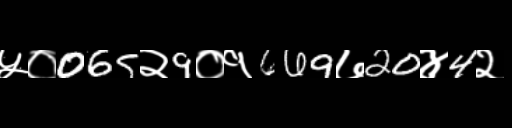
Text: ५०065२9०१669७20४4२